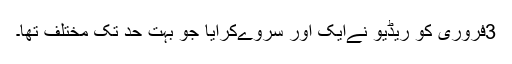
3فروری کو ریڈیو نےایک اور سروےکرایا جو بہت حد تک مختلف تھا۔